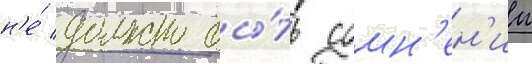
н'е́ должно бы́ть сомн'ен'ии